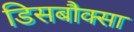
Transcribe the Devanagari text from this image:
डिसबौक्सा